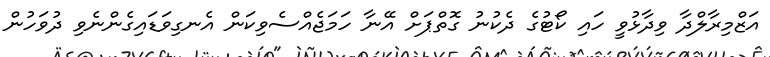
އަޒްމިރާލްދާ ވިދާޅުވީ ހައި ކޯޓުގެ ދެކުނު ގޮތްޕަށް އޭނާ ހަމަޖެއްސެވިކަން އެނގިވަޑައިގެންނެވި ދުވަހުން